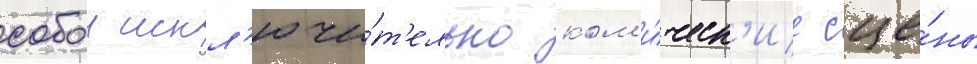
собои искл'ючи́т'ельно ком'и́ческ'ие сце́ны